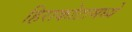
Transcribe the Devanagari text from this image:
हिराकोटामध्ये